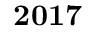
\bf { 2 0 1 7 }